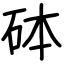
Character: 砵